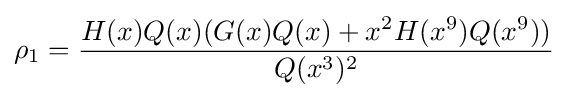
\rho _{1}={\frac {H(x)Q(x)(G(x)Q(x)+x^{2}H(x^{9})Q(x^{9}))}{Q(x^{3})^{2}}}